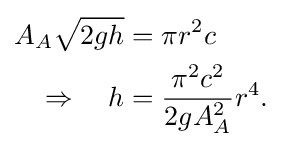
{\begin{aligned}A_{A}{\sqrt {2gh}}&=\pi r^{2}c\\\Rightarrow \quad h&={\frac {\pi ^{2}c^{2}}{2gA_{A}^{2}}}r^{4}.\end{aligned}}